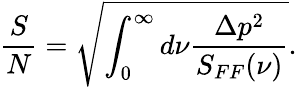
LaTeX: \frac{S}{N}=\sqrt{\int_{0}^{\infty}d\nu\frac{\Delta p^{2}}{S_{FF}(\nu)}}.